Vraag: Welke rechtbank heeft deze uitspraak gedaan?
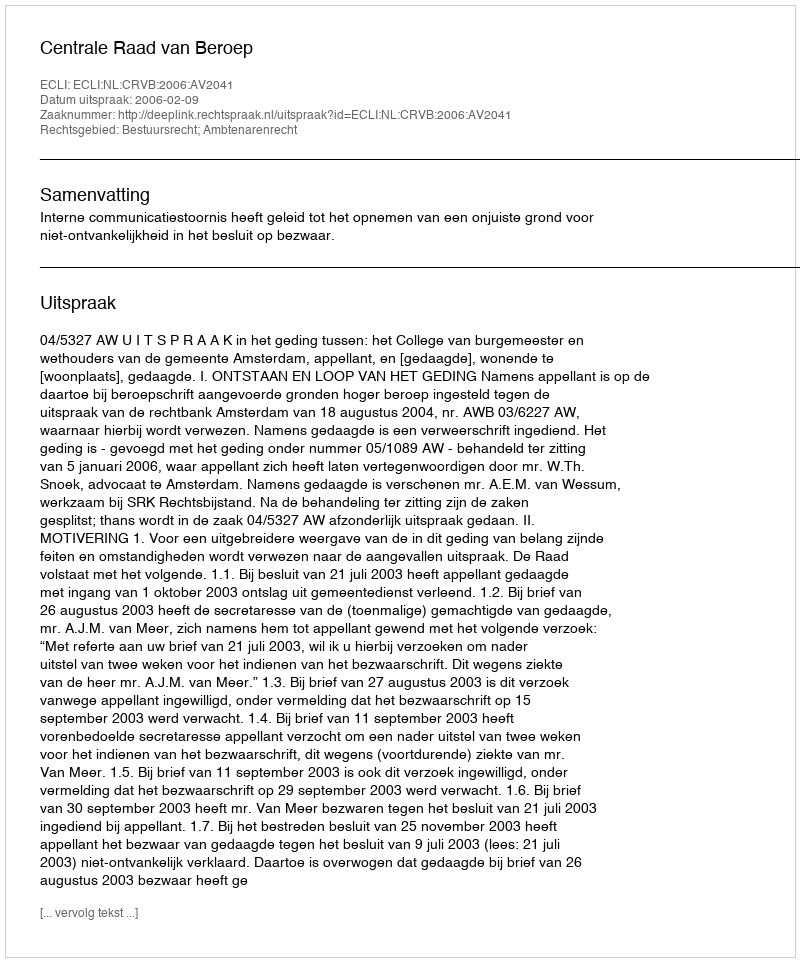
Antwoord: Centrale Raad van Beroep